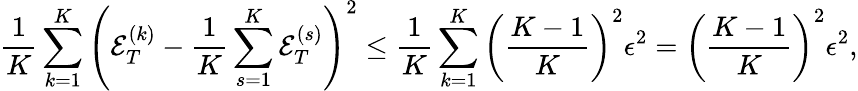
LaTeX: \frac{1}{K}\sum_{k=1}^{K}\left({\mathcal E}_{T}^{(k)}-\frac{1}{K}\sum_{s=1}^{K}{\mathcal E}_{T}^{(s)}\right)^{2}\le\frac{1}{K}\sum_{k=1}^{K}\left(\frac{K-1}{K}\right)^{2}\epsilon^{2}=\left(\frac{K-1}{K}\right)^{2}\epsilon^{2},